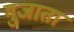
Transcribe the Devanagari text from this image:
गुजाता